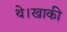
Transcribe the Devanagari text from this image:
थे।खाकी